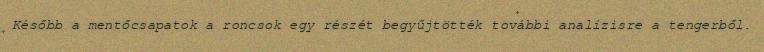
Később a mentőcsapatok a roncsok egy részét begyűjtötték további analízisre a tengerből.